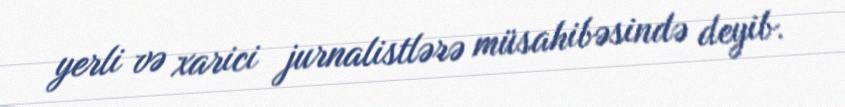
yerli və xarici jurnalistlərə müsahibəsində deyib.